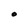
Character: O